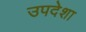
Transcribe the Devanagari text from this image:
उपदेशा